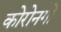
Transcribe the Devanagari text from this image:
कोरोनगो